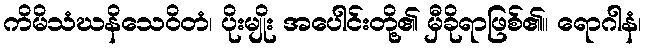
ကိမိသံဃနိသေဝိတံ၊ ပိုးမျိုး အပေါင်းတို့၏ မှီခိုရာဖြစ်၏။ ရောဂါနံ၊